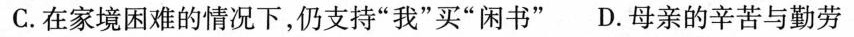
C.在家境困难的情况下，仍支持”我”买”闲书” D.母亲的辛苦与勤劳